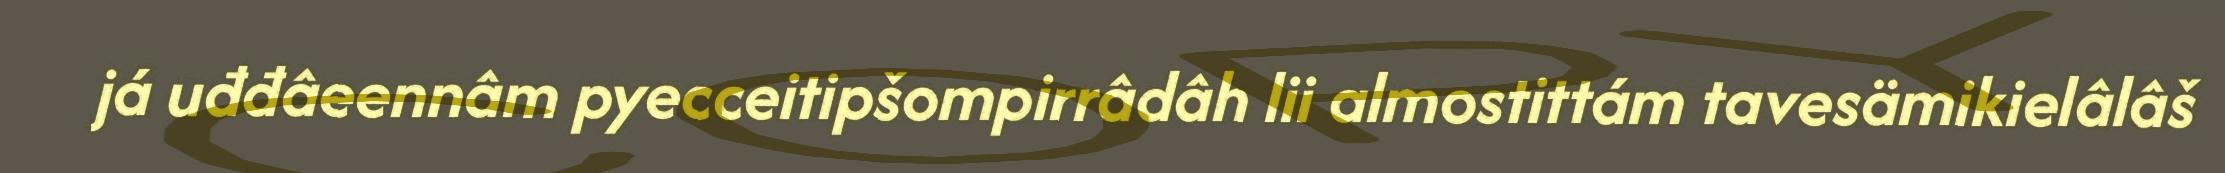
já uđđâeennâm pyecceitipšompirrâdâh lii almostittám tavesämikielâlâš